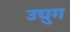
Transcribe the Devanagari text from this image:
उद्युग